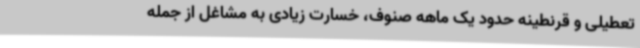
تعطیلی و قرنطینه حدود یک ماهه صنوف، خسارت زیادی به مشاغل از جمله